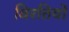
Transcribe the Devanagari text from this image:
विरतियों